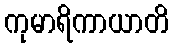
ကုမာရိကာယာတိ